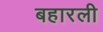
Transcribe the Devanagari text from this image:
बहारली